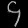
Digit: ၄